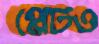
প্লেটও